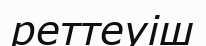
реттеуіш